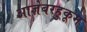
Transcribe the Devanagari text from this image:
आज्ञेबरहुकूम